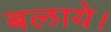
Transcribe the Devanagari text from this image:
बलाये।